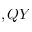
, Q Y